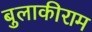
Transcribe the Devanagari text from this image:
बुलाकीराम